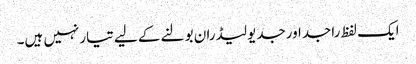
ایک لفظ راجداورجدیولیڈران بولنے کے لیے تیارنہیں ہیں۔